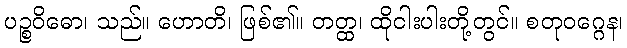
ပဉ္စဝိဓော၊ သည်။ ဟောတိ၊ ဖြစ်၏။ တတ္ထ၊ ထိုငါးပါးတို့တွင်။ စတုဝဂ္ဂေန၊